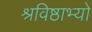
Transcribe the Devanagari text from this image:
श्रविष्ठाभ्यो